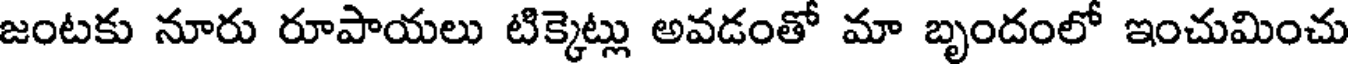
జంటకు నూరు రూపాయలు టిక్కెట్లు అవడంతో మా బృందంలో ఇంచుమించు